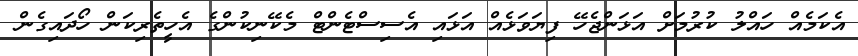
އެކަމެއް ހައްލު ކުރުމަށް އަޅަންޖެހޭ ފިޔަވަޅެއް އަޅައި އެސިސްޓެންޓް މެކޭނިކުންގެ އެހީތެރިކަން ހޯދައިގެން